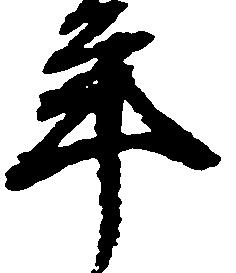
年